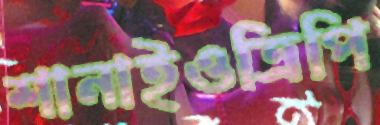
শানাইওত্রিপি